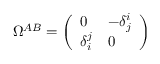
\Omega ^ { A B } = \left( \begin{array} { l l } { { 0 } } & { { - \delta _ { j } ^ { i } } } \\ { { \delta _ { i } ^ { j } } } & { { 0 } } \end{array} \right)